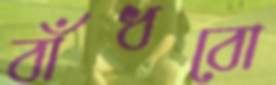
বাঁধবো